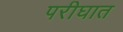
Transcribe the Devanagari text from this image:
परीघात